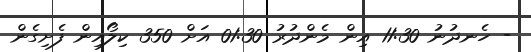
- ހެނދުނު 11:30 އިން މެންދުރު 01:30 އަށް 350 ކިލޯއިން ފެށިގެން